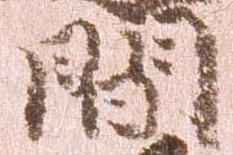
間